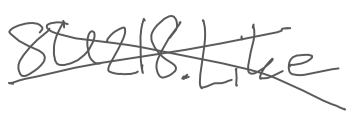
Text: 8U218.Like
Cross-out: cross
Writing tool: digital_gray